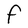
Character: F